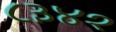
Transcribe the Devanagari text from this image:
८३४१